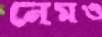
নেমও